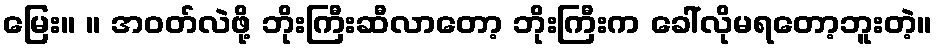
မြေး။ ။ အဝတ်လဲဖို့ ဘိုးကြီးဆီလာတော့ ဘိုးကြီးက ခေါ်လိုမရတော့ဘူးတဲ့။